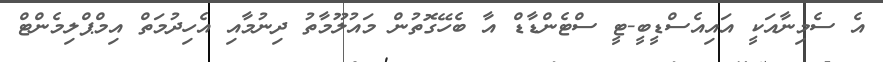
އެ ސެމިނާއަކީ އައިއެސްޑީބީ-ޓީ ސްޓެންޑާޑް އާ ބެހޭގޮތުން މައުލޫމާތު ދިނުމާއި އެހިދުމަތް އިމްޕްލިމެންޓް